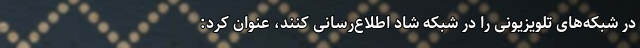
در شبکه‌های تلویزیونی را در شبکه شاد اطلاع‌رسانی کنند، عنوان کرد: